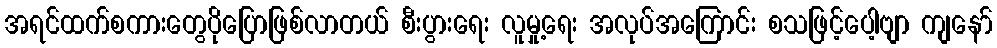
အရင်ထက်စကားတွေပိုပြောဖြစ်လာတယ် စီးပွားရေး လူမှု့ရေး အလုပ်အကြောင်း စသဖြင့်ပေါ့ဗျာ ကျနော်